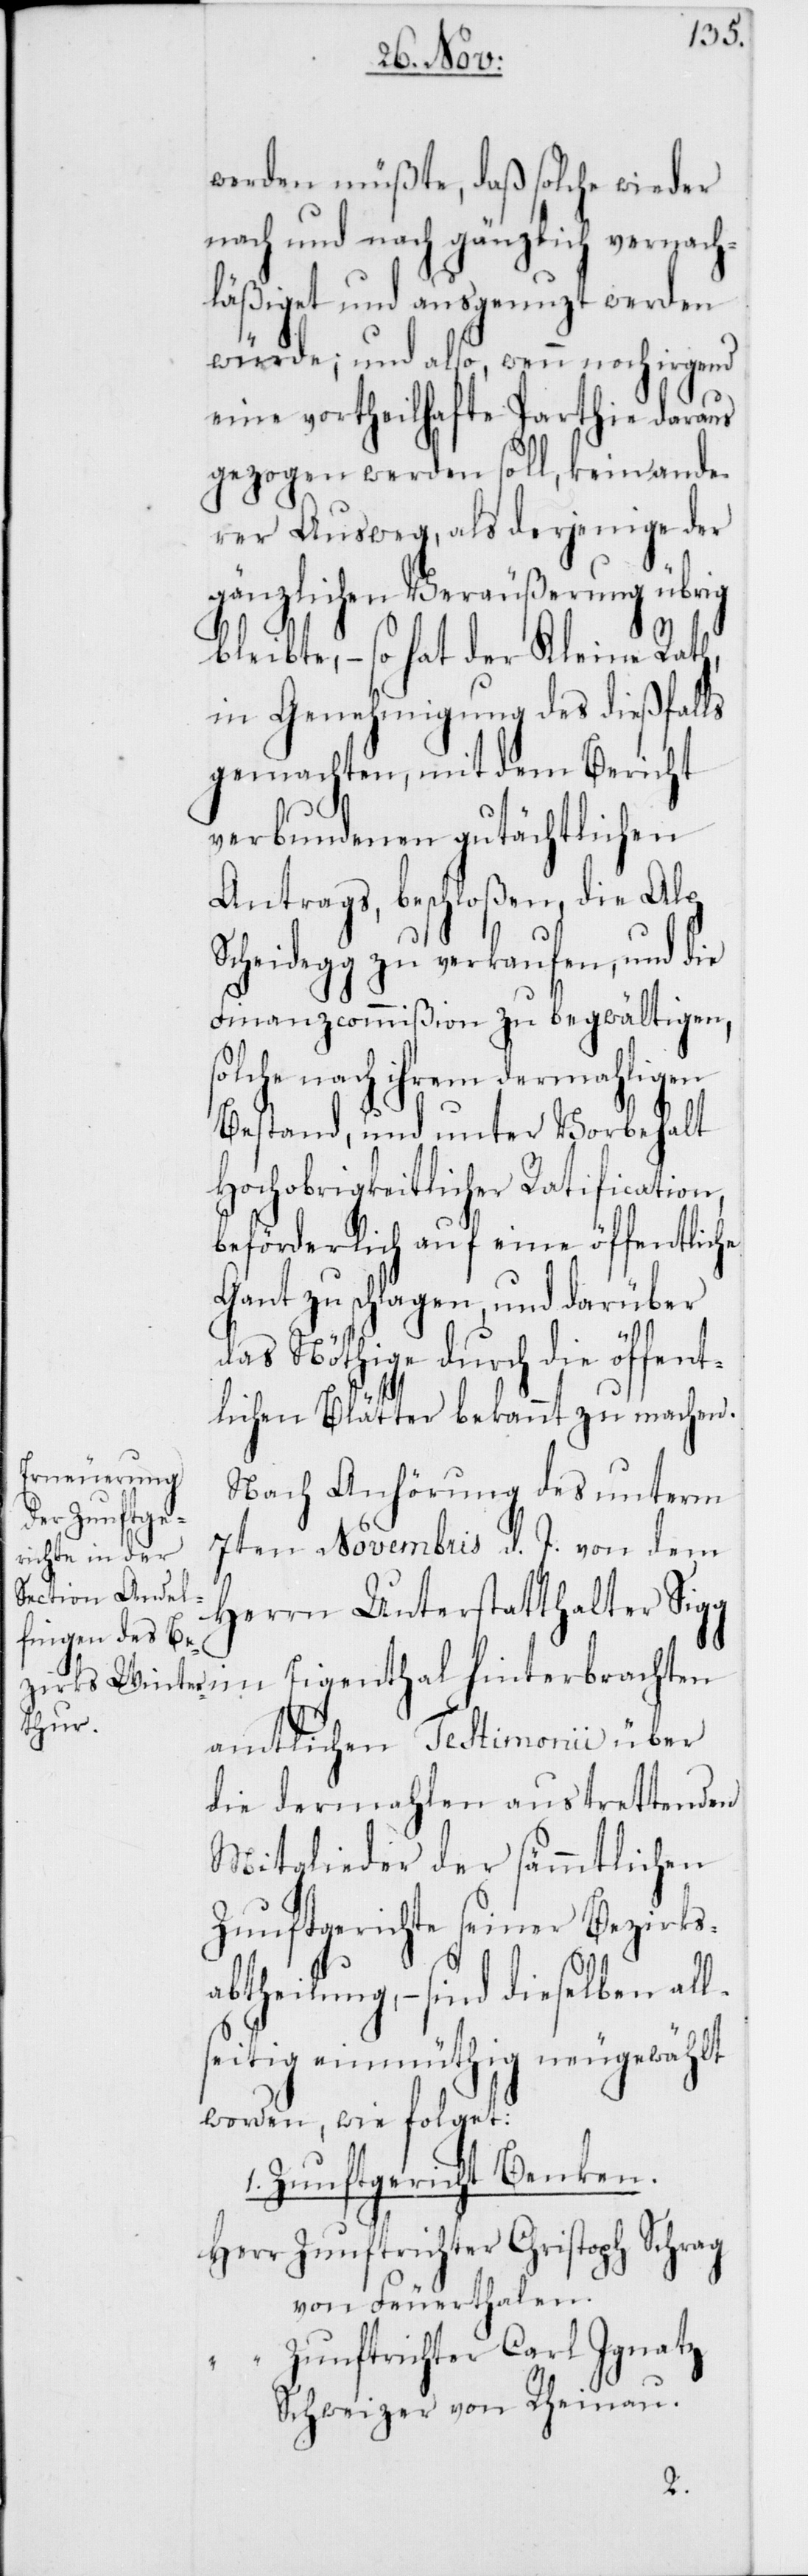
werden müßte, daß solche wieder
nach und nach gänzlich vernach¬
läßiget und ausgenutzt werden
würde; und also, wenn noch irgend
eine vortheilhafte Parthie daraus
gezogen werden soll, kein ande¬
rer Ausweg, als derjenige der
gänzlichen Veräußerung übrig
bleibte, – so hat der Kleine Rath,
in Genehmigung des dießfalls
gemachten, mit dem Bericht
verbundenen gutächtlichen
Antrags beschloßen, die Alp
Scheidegg zu verkaufen, und die
Finanzcommißion zu begwältigen,
olche nach ihrem dermahligen
Bestand, und unter Vorbehalt
Hochobrigkeitlicher Ratification
beförderlich auf eine öffentliche
Gant zu schlagen, und darüber
das Nöthige durch die öffen¬
tlichen Blätter bekannt zu machen.
Nach Anhörung des unterm
7ten Novembris d. J. von dem
Herrn Unterstatthalter Sig¬
g im Eigenthal hinterbrachten
amtlichen Testimonii über
die dermahlen austrettenden
Mitglieder der sämmtlichen
Zunftgerichte seiner Bezirks¬
abtheilung, – sind dieselben all¬
seitig einmüthig neugewählt
worden, wie folget:
1. Zunftgericht Benken.
Zunftrichter Christoph Schrag
von Feuerthalen.
Zunftrichter Carl Ignatz
Schweizer, von Rheinau.
s¬